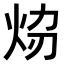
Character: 𤇎